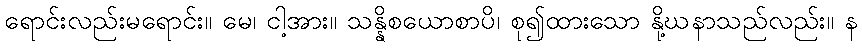
ရောင်းလည်းမရောင်း။ မေ၊ ငါ့အား။ သန္နိစယောစာပိ၊ စု၍ထားသော နို့ဃနာသည်လည်း။ န